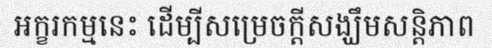
អក្ខរកម្មនេះ ដើម្បីសម្រេចក្តីសង្ឃឹមសន្តិភាព